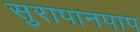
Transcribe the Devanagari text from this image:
सुरापानपाप